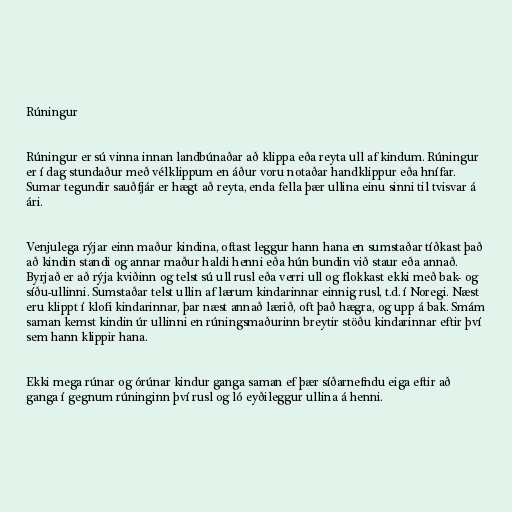
Rúningur

Rúningur er sú vinna innan landbúnaðar að klippa eða reyta ull af kindum. Rúningur
er í dag stundaður með vélklippum en áður voru notaðar handklippur eða hnífar.
Sumar tegundir sauðfjár er hægt að reyta, enda fella þær ullina einu sinni til tvisvar á
ári.

Venjulega rýjar einn maður kindina, oftast leggur hann hana en sumstaðar tíðkast það
að kindin standi og annar maður haldi henni eða hún bundin við staur eða annað.
Byrjað er að rýja kviðinn og telst sú ull rusl eða verri ull og flokkast ekki með bak- og
síðu-ullinni. Sumstaðar telst ullin af lærum kindarinnar einnig rusl, t.d. í Noregi. Næst
eru klippt í klofi kindarinnar, þar næst annað lærið, oft það hægra, og upp á bak. Smám
saman kemst kindin úr ullinni en rúningsmaðurinn breytir stöðu kindarinnar eftir því
sem hann klippir hana.

Ekki mega rúnar og órúnar kindur ganga saman ef þær síðarnefndu eiga eftir að
ganga í gegnum rúninginn því rusl og ló eyðileggur ullina á henni.